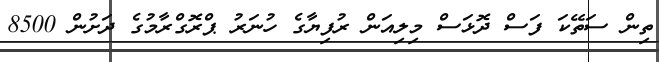
ތިން ސަތޭކަ ފަސް ދޮޅަސް މިލިއަން ރުފިޔާގެ ހުނަރު ޕްރޮގްރާމުގެ ދަށުން 8500